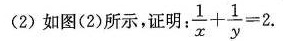
(2) 如图(2)所示，证明 $$\frac { 1 } { x } + \frac { 1 } { y } = 2$$.